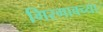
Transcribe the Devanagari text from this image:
गिरगावच्या